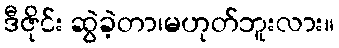
ဒီဇိုင်း ဆွဲခဲ့တာ၊မဟုတ်ဘူးလား။